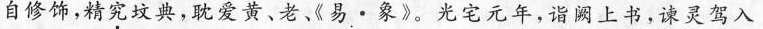
自修饰，精究坟典，耽爱黄、老《易·象》。光宅元年，诣阙上书，谏灵驾入